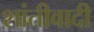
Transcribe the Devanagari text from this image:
शांतीवादी